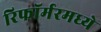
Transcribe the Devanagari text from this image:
रिफॉर्मरमध्ये